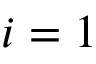
i = 1